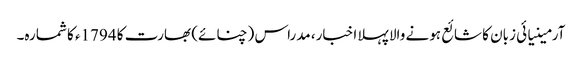
آرمینیائی زبان کا شائع ہونے والا پہلا اخبار، مدراس (چنائے) بھارت کا 1794ء کا شمارہ۔